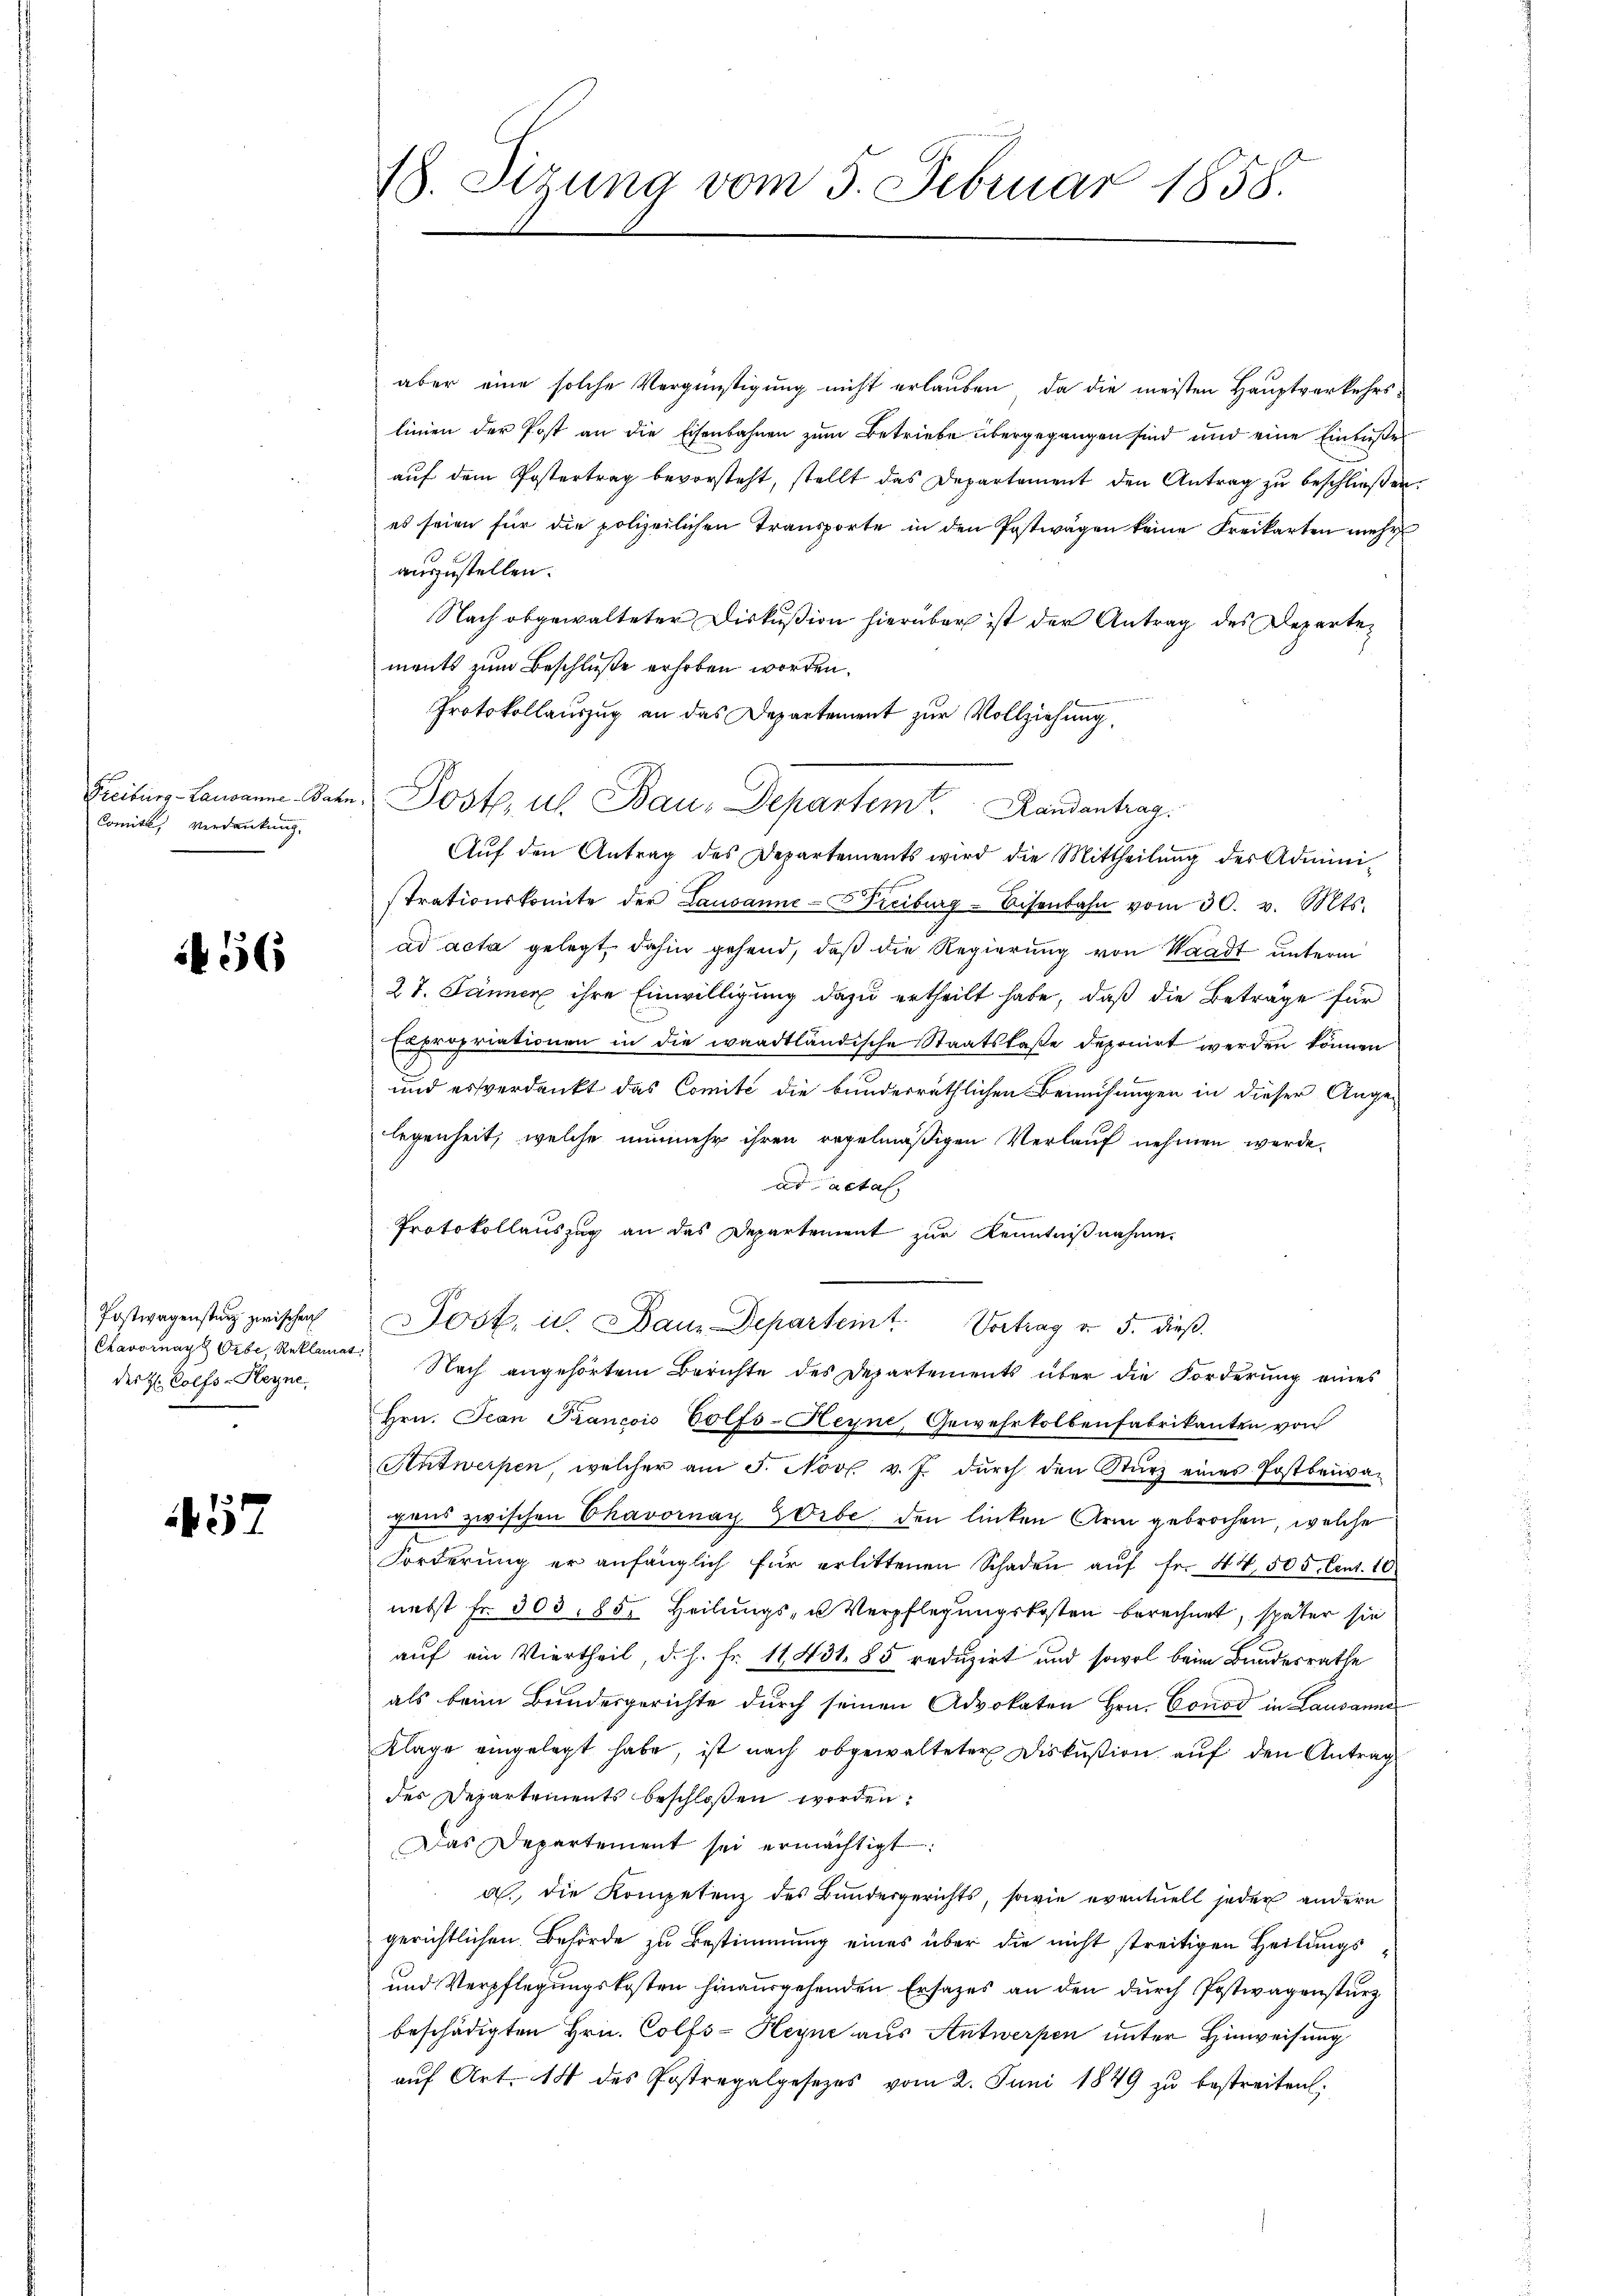
Freiburg-Lausanne Bahn
Comité, Verdankung.

56

Postwagensturz zwischen
Chavornay Orbe, Reklamat
des H: Colfs-Heyne

457

18. Sizung vom 3. Februar 1858.

aber eine solche Vergünstigung nicht erlauben, da die meisten Hauptverkehrs-
linien der Post an die Eisenbahnen zum Betriebe übergegangen sind und eine Einbuße
aŭf dem Postertrag bevorsteht, stellt das Departement den Antrag zu beschließen.
es seien für die polizeilichen Transporte in den Postwagen keine Freikarten mehr
auszustellen.
Nach abgewalteter Diskußion hierüber ist der Antrag des Departements zum Beschluße erhoben worden.
Protokollauszug an das Departement zur Vollziehung,
Aŭf den Antrag des Departements wird die Mittheilŭng der Admini-
strationskomite der Lausanne-Freiburg-Eisenbahn vom 30. v. Mts.
ad acta gelegt, dahin gehend, daß die Regierung von Waadt unterm
27. Jänner ihre Einwilligung dazu ertheilt habe, daß die Betrage für
Expropriationen in die waadtländische Staatskaße deponirt werden können
und es verdankt das Comité die bunderräthlichen Bemühungen in dieser Ange-
legenheit, welche nunmehr ihren regelmäßigen Verlauf nehmen werde.
ad acta,
Protokollauszug an das Departement zur Kenntnißnahme.
Jost, u. Dann Departeint. Vortrag v. 5. dieß.
Nach angehörtem Berichte des Departements über die Forderung eines
Hrn. Jean Prancois Colfs-Heyne, Gewehrkolbenfabrikanten von
Antwerpen, welcher am 5. Nov. v. J. dŭrch den Sturz eines Postbeia-
gens zwischen Chavornay Orbe den linken Arm gebrochen, welche
Forderŭng er anfänglich für erlittenen Schaden aŭf fr. 44, 505. Cent. 10
nebst fr. 303. 85. Heilungs- u Verpflegungskosten berechnet, später sie
auf ein Viertheil, d. h. fr. 11451. 85 reduzirt und sowol beim Bundesrathe
als beim Bundesgerichte durch seinen Advokaten Hrn. Conod in Lausanne
Klage eingelegt habe, ist nach obgewalteter Diskŭsion aŭf den Antrag
des Departements beschloßen worden:
Das Departement sei ermächtigt:
a. Die Kompetenz des Bundesgerichts, sowie eventuell jeder andern
gerichtlichen Behörde zu Bestimmung eines über die nicht streitigen Heilungs¬
und Verpflegungskosten hinausgehenden Ersatzes an den durch Postwagensturz
beschädigten Hrn. Colfs-Heyne aus Antwerpen unter Hinweisung
aŭf Art. 14 des Postregalgesezes vom 2. Juni 1849 zŭ bestreiten.

Post, ich Bau-Departem Landantrag.